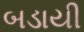
બડાયી